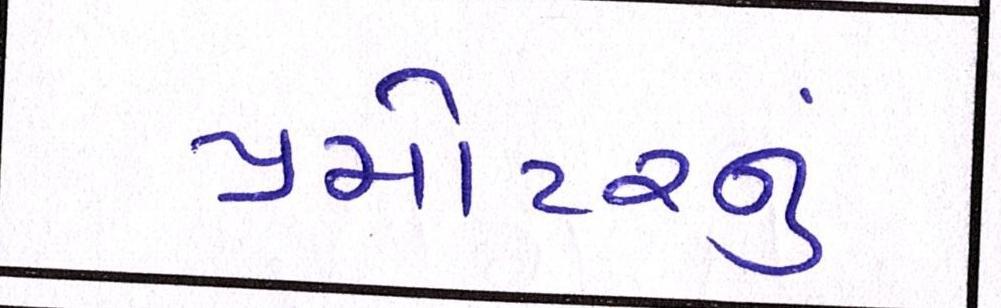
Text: પ્રમોટરનું